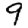
Digit: 9